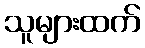
သူများထက်